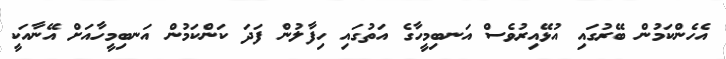
އެހެންކަމުން ބޭރުގައި އުޅޭއިރުވެސް އަނބިމީހާގެ އަތުގައި ހިފާލުން ފަދަ ކަންކަމުން އަނބިމީހާއަށް އޭނާއަކީ